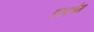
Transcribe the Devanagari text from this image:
डस्टबैग